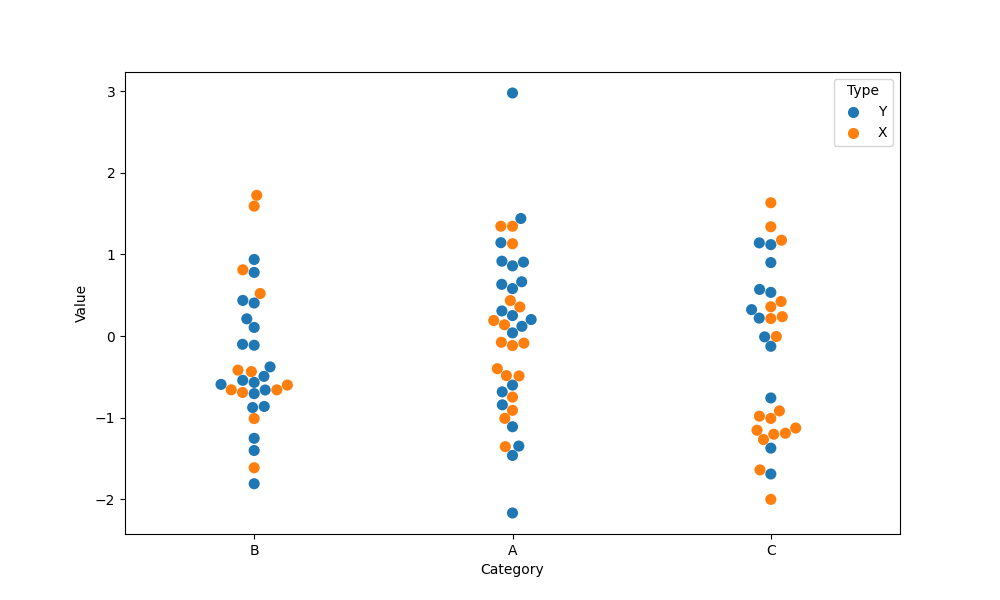
python, seaborn, swarmplot, dodge=False, alpha=1.0, size=8